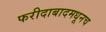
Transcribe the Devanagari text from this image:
फरीदाबादमधूनच